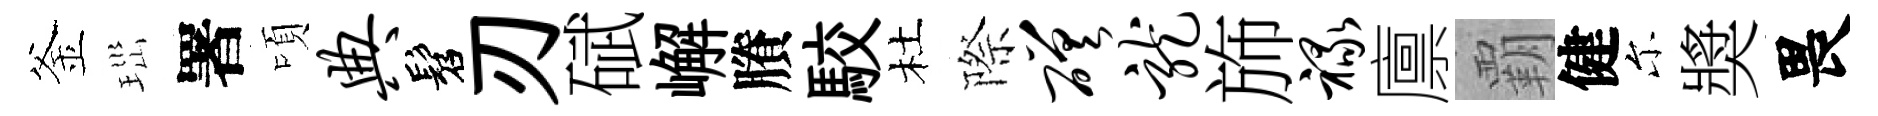
釜𤤼署頃典髫刃碔嶰賸駮杜際磋龙斾禄廪覇健尓奬畏